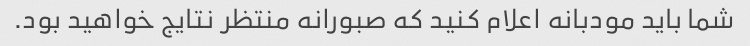
شما باید مودبانه اعلام کنید که صبورانه منتظر نتایج خواهید بود.